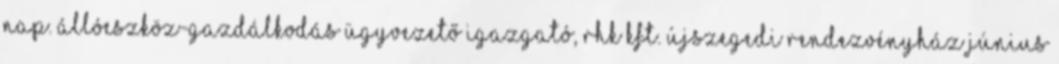
Nap. Állóeszköz-gazdálkodás Ügyvezető igazgató, RHK Kft. Újszegedi Rendezvényház Június